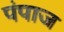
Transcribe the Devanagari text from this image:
पंपाज